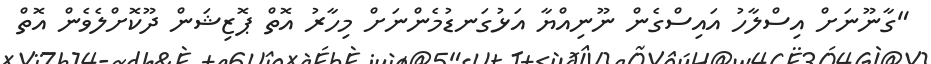
"ގާނޫނަށް އިސްލާހު އައިސްގެން ނޫނިއްޔާ އަޅުގަނޑުމެންނަށް މިހާރު އޮތް ޕޮޒިޝަން ދޫކޮށްލެވެން އޮތް